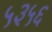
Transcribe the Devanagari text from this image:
५३५६